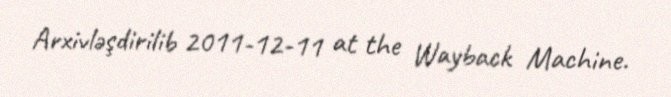
Arxivləşdirilib 2011-12-11 at the Wayback Machine.